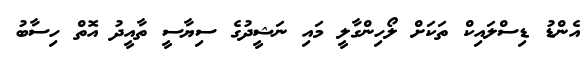
އެންޑު ޑިސްލައިކް ތަކަށް ލޯހިންގާލީ މައި ނަޝީދުގެ ސިޔާސީ ތާއީދު އޮތް ހިސާބު